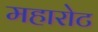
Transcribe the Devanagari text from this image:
महारोट